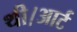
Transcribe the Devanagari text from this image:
थी।आर्ट